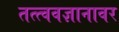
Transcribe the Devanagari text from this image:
तत्त्ववज्ञानावर